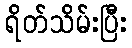
ရိတ်သိမ်းပြီး